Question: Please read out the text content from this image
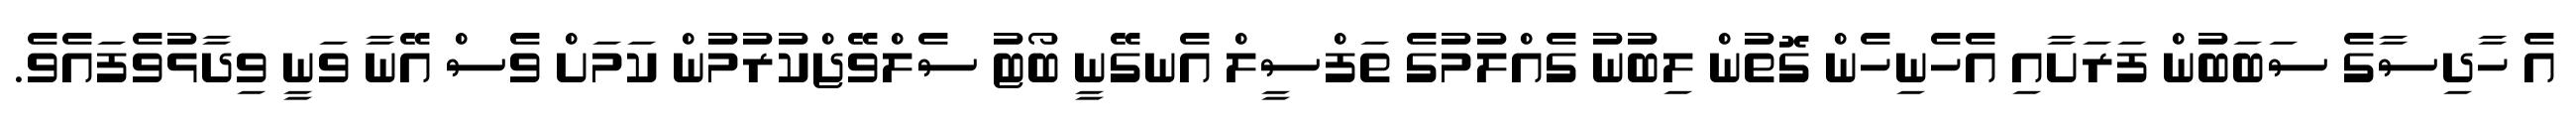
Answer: އެ ހާދިސާގެ ސަބަބުން ފަރަށާއި އެހެނިހެން ގޮތުން ލިބުނު ގެއްލުމުގެ ތަފްސީލް އެނގޭނީ ބޯޓު ސެލްވޭޖްކުރުމުން ކަމަށް ވެސް އޭނާ ވަނީ ވިދާޅުވެފައެވެ.